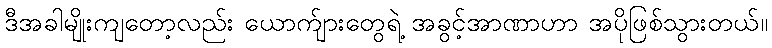
ဒီအခါမျိုးကျတော့လည်း ယောက်ျားတွေရဲ့ အခွင့်အာဏာဟာ အပိုဖြစ်သွားတယ်။